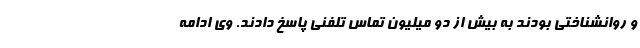
و روانشناختی بودند به بیش از دو میلیون تماس تلفنی پاسخ دادند. وی ادامه